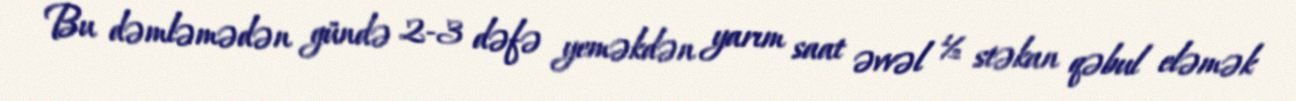
Bu dəmləmədən gündə 2-3 dəfə yeməkdən yarım saat əvvəl ½ stəkan qəbul eləmək